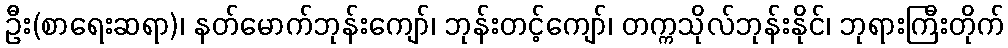
ဦး(စာရေးဆရာ)၊ နတ်မောက်ဘုန်းကျော်၊ ဘုန်းတင့်ကျော်၊ တက္ကသိုလ်ဘုန်းနိုင်၊ ဘုရားကြီးတိုက်